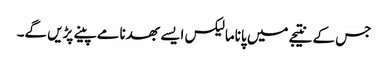
جس کے نتیجے میں پاناما لیکس ایسے بھدنامے پینے پڑیں گے۔